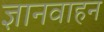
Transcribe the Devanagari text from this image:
ज्ञानवाहन